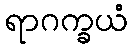
ရာဂက္ခယံ